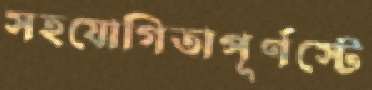
সহযোগিতাপূর্ণস্টে